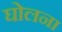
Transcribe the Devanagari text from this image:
घोलना